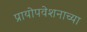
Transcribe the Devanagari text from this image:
प्रायोपवेशनाच्या